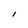
Character: l